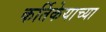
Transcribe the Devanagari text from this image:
कर्तिकेयाच्या